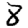
Digit: 8